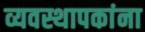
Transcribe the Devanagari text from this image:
व्यवस्थापकांना